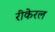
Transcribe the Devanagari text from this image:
रीकेरल